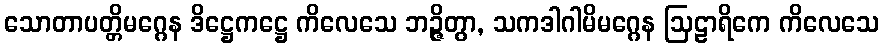
သောတာပတ္တိမဂ္ဂေန ဒိဋ္ဌေကဋ္ဌေ ကိလေသေ ဘဉ္ဇိတွာ, သကဒါဂါမိမဂ္ဂေန ဩဠာရိကေ ကိလေသေ